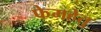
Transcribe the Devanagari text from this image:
फेमहेतु